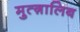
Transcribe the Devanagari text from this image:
मुत्ग़ालिब